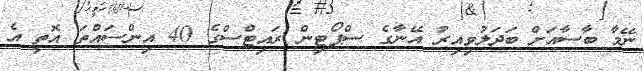
ނޭމާ ބާސާއަށް ބަދަލުވިއިރު އޭނާގެ ސްޕޯޓިން ރައިޓްސްގެ 40 އިންސައްތަ އޮތީ އެ